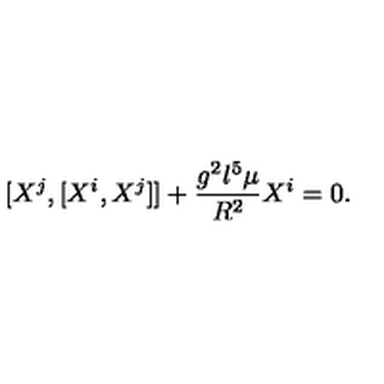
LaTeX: [ X ^ { j } , [ X ^ { i } , X ^ { j } ] ] + \frac { g ^ { 2 } l ^ { 5 } \mu } { R ^ { 2 } } X ^ { i } = 0 .